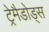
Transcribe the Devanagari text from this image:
ट्रेमैडोड्स